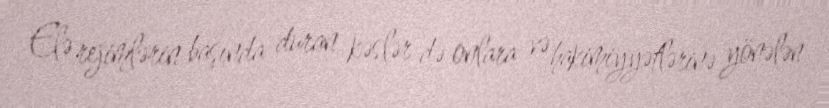
Elə rejimlərin başında duran kəslər də onlara və hakimiyyətlərinə yönələn